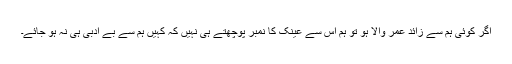
اگر کوئی ہم سے زائد عمر والا ہو تو ہم اس سے عینک کا نمبر پوچھتے ہی نہیں کہ کہیں ہم سے بے ادبی ہی نہ ہو جائے۔